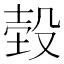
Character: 𣪝